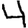
Digit: 4